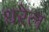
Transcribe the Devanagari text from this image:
धरेल